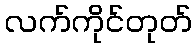
လက်ကိုင်တုတ်